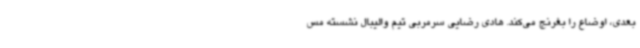
بعدی، اوضاع را بغرنج می‌کند. هادی رضایی سرمربی تیم والیبال نشسته مس